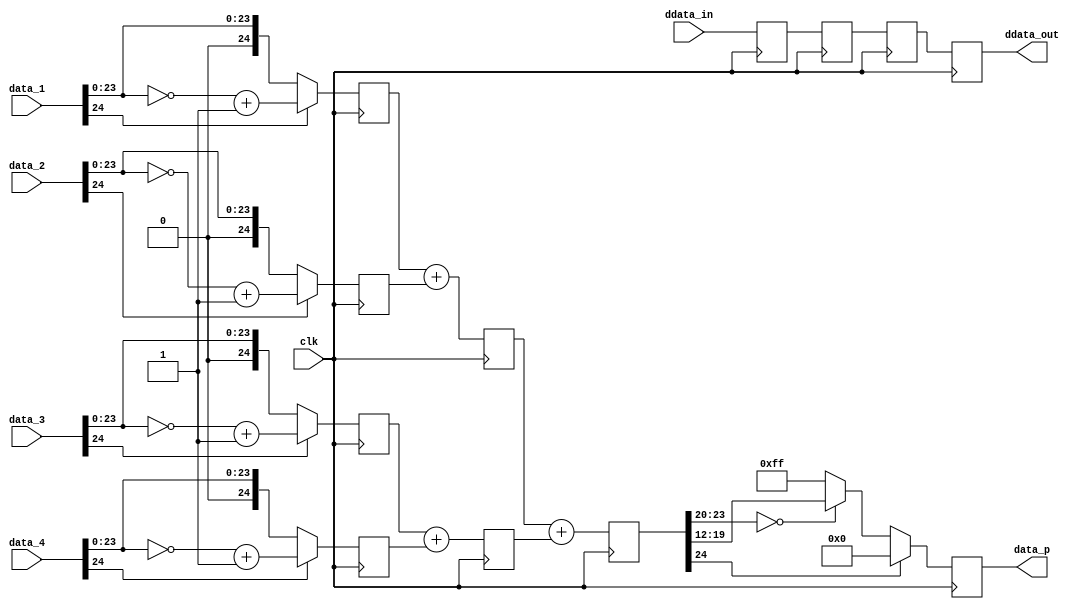
module ad_csc_1_add_1 (
  clk,
  data_1,
  data_2,
  data_3,
  data_4,
  data_p,
  ddata_in,
  ddata_out);
  parameter   DELAY_DATA_WIDTH = 16;
  localparam  DW = DELAY_DATA_WIDTH - 1;
  input           clk;
  input   [24:0]  data_1;
  input   [24:0]  data_2;
  input   [24:0]  data_3;
  input   [24:0]  data_4;
  output  [ 7:0]  data_p;
  input   [DW:0]  ddata_in;
  output  [DW:0]  ddata_out;
  reg     [DW:0]  p1_ddata = 'd0;
  reg     [24:0]  p1_data_1 = 'd0;
  reg     [24:0]  p1_data_2 = 'd0;
  reg     [24:0]  p1_data_3 = 'd0;
  reg     [24:0]  p1_data_4 = 'd0;
  reg     [DW:0]  p2_ddata = 'd0;
  reg     [24:0]  p2_data_0 = 'd0;
  reg     [24:0]  p2_data_1 = 'd0;
  reg     [DW:0]  p3_ddata = 'd0;
  reg     [24:0]  p3_data = 'd0;
  reg     [DW:0]  ddata_out = 'd0;
  reg     [ 7:0]  data_p = 'd0;
  wire    [24:0]  p1_data_1_p_s;
  wire    [24:0]  p1_data_1_n_s;
  wire    [24:0]  p1_data_1_s;
  wire    [24:0]  p1_data_2_p_s;
  wire    [24:0]  p1_data_2_n_s;
  wire    [24:0]  p1_data_2_s;
  wire    [24:0]  p1_data_3_p_s;
  wire    [24:0]  p1_data_3_n_s;
  wire    [24:0]  p1_data_3_s;
  wire    [24:0]  p1_data_4_p_s;
  wire    [24:0]  p1_data_4_n_s;
  wire    [24:0]  p1_data_4_s;
  assign p1_data_1_p_s = {1'b0, data_1[23:0]};
  assign p1_data_1_n_s = ~p1_data_1_p_s + 1'b1;
  assign p1_data_1_s = (data_1[24] == 1'b1) ? p1_data_1_n_s : p1_data_1_p_s;
  assign p1_data_2_p_s = {1'b0, data_2[23:0]};
  assign p1_data_2_n_s = ~p1_data_2_p_s + 1'b1;
  assign p1_data_2_s = (data_2[24] == 1'b1) ? p1_data_2_n_s : p1_data_2_p_s;
  assign p1_data_3_p_s = {1'b0, data_3[23:0]};
  assign p1_data_3_n_s = ~p1_data_3_p_s + 1'b1;
  assign p1_data_3_s = (data_3[24] == 1'b1) ? p1_data_3_n_s : p1_data_3_p_s;
  assign p1_data_4_p_s = {1'b0, data_4[23:0]};
  assign p1_data_4_n_s = ~p1_data_4_p_s + 1'b1;
  assign p1_data_4_s = (data_4[24] == 1'b1) ? p1_data_4_n_s : p1_data_4_p_s;
  always @(posedge clk) begin
    p1_ddata <= ddata_in;
    p1_data_1 <= p1_data_1_s;
    p1_data_2 <= p1_data_2_s;
    p1_data_3 <= p1_data_3_s;
    p1_data_4 <= p1_data_4_s;
  end
  always @(posedge clk) begin
    p2_ddata <= p1_ddata;
    p2_data_0 <= p1_data_1 + p1_data_2;
    p2_data_1 <= p1_data_3 + p1_data_4;
  end
  always @(posedge clk) begin
    p3_ddata <= p2_ddata;
    p3_data <= p2_data_0 + p2_data_1;
  end
  always @(posedge clk) begin
    ddata_out <= p3_ddata;
    if (p3_data[24] == 1'b1) begin
      data_p <= 8'h00;
    end else if (p3_data[23:20] == 'd0) begin
      data_p <= p3_data[19:12];
    end else begin
      data_p <= 8'hff;
    end
  end
endmodule